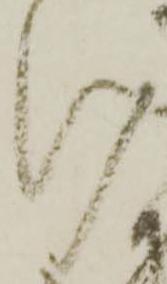
け